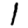
Digit: 1